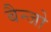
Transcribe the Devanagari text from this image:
बैन्जो